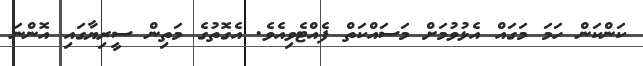
ކަންކަން ހަމަ މަގައް އެޅުވުމަށް މަސައްކަތް ފެއްޓެވިއެެވެ. އެގޮތުގެ މަތިން ސީރިޔާގައި އޮންނަ